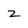
Character: Z